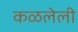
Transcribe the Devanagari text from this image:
कळलेली